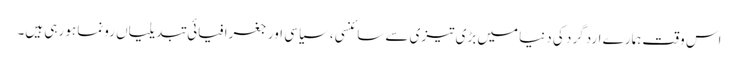
اس وقت ہمارے ارد گرد کی دنیا میں بڑی تیزی سے سائنسی، سیاسی اور جغرافیائی تبدیلیاں رونما ہو رہی ہیں۔